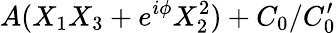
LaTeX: A(X_{1}X_{3}+e^{i\phi}X_{2}^{2})+C_{0}/C_{0}^{\prime}